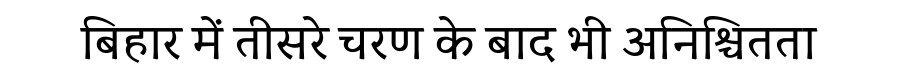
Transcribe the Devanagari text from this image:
बिहार में तीसरे चरण के बाद भी अनिश्चितता